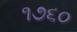
૧૭૬૦